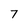
Character: 7